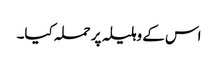
اس کے وہلیلہ پر حملہ کیا۔